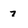
Character: 7